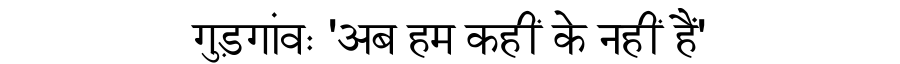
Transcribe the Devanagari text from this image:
गुड़गांवः 'अब हम कहीं के नहीं हैं'